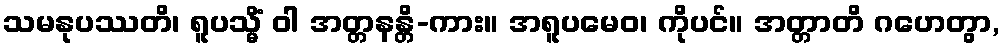
သမနုပဿတိ၊ ရူပသ္မိံ ဝါ အတ္တနန္တိ-ကား။ အရူပမေဝ၊ ကိုပင်။ အတ္တာတိ ဂဟေတွာ,